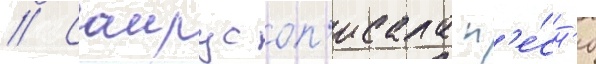
// Саирус оп'исала п'е́сн'ю